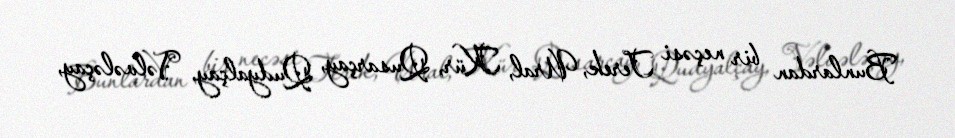
Bunlardan bir neçəsi Terek, Ural, Kür, Qusarçay, Qudyalçay, Vəlvələçay,